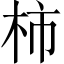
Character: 柿